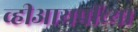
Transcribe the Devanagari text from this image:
व्हीआयपींच्या